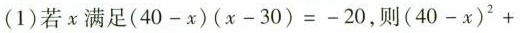
(1)若x满足$$( 4 0 - x ) ( x - 3 0 ) = - 2 0$$，则$$( 4 0 - x ) ^ { 2 } +